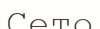
Сето